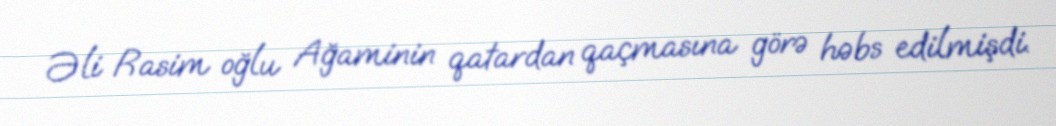
Əli Rasim oğlu Ağaminin qatardan qaçmasına görə həbs edilmişdi.